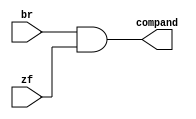
module CAND(
	input br,zf,
	output compand
);


assign compand=br & zf;
endmodule